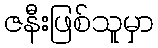
ဇနီးဖြစ်သူမှာ